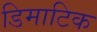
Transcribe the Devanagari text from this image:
डिमाटिक